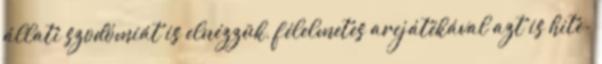
állati szodómiát is elnézzük, félelmetes arcjátékával azt is hite-